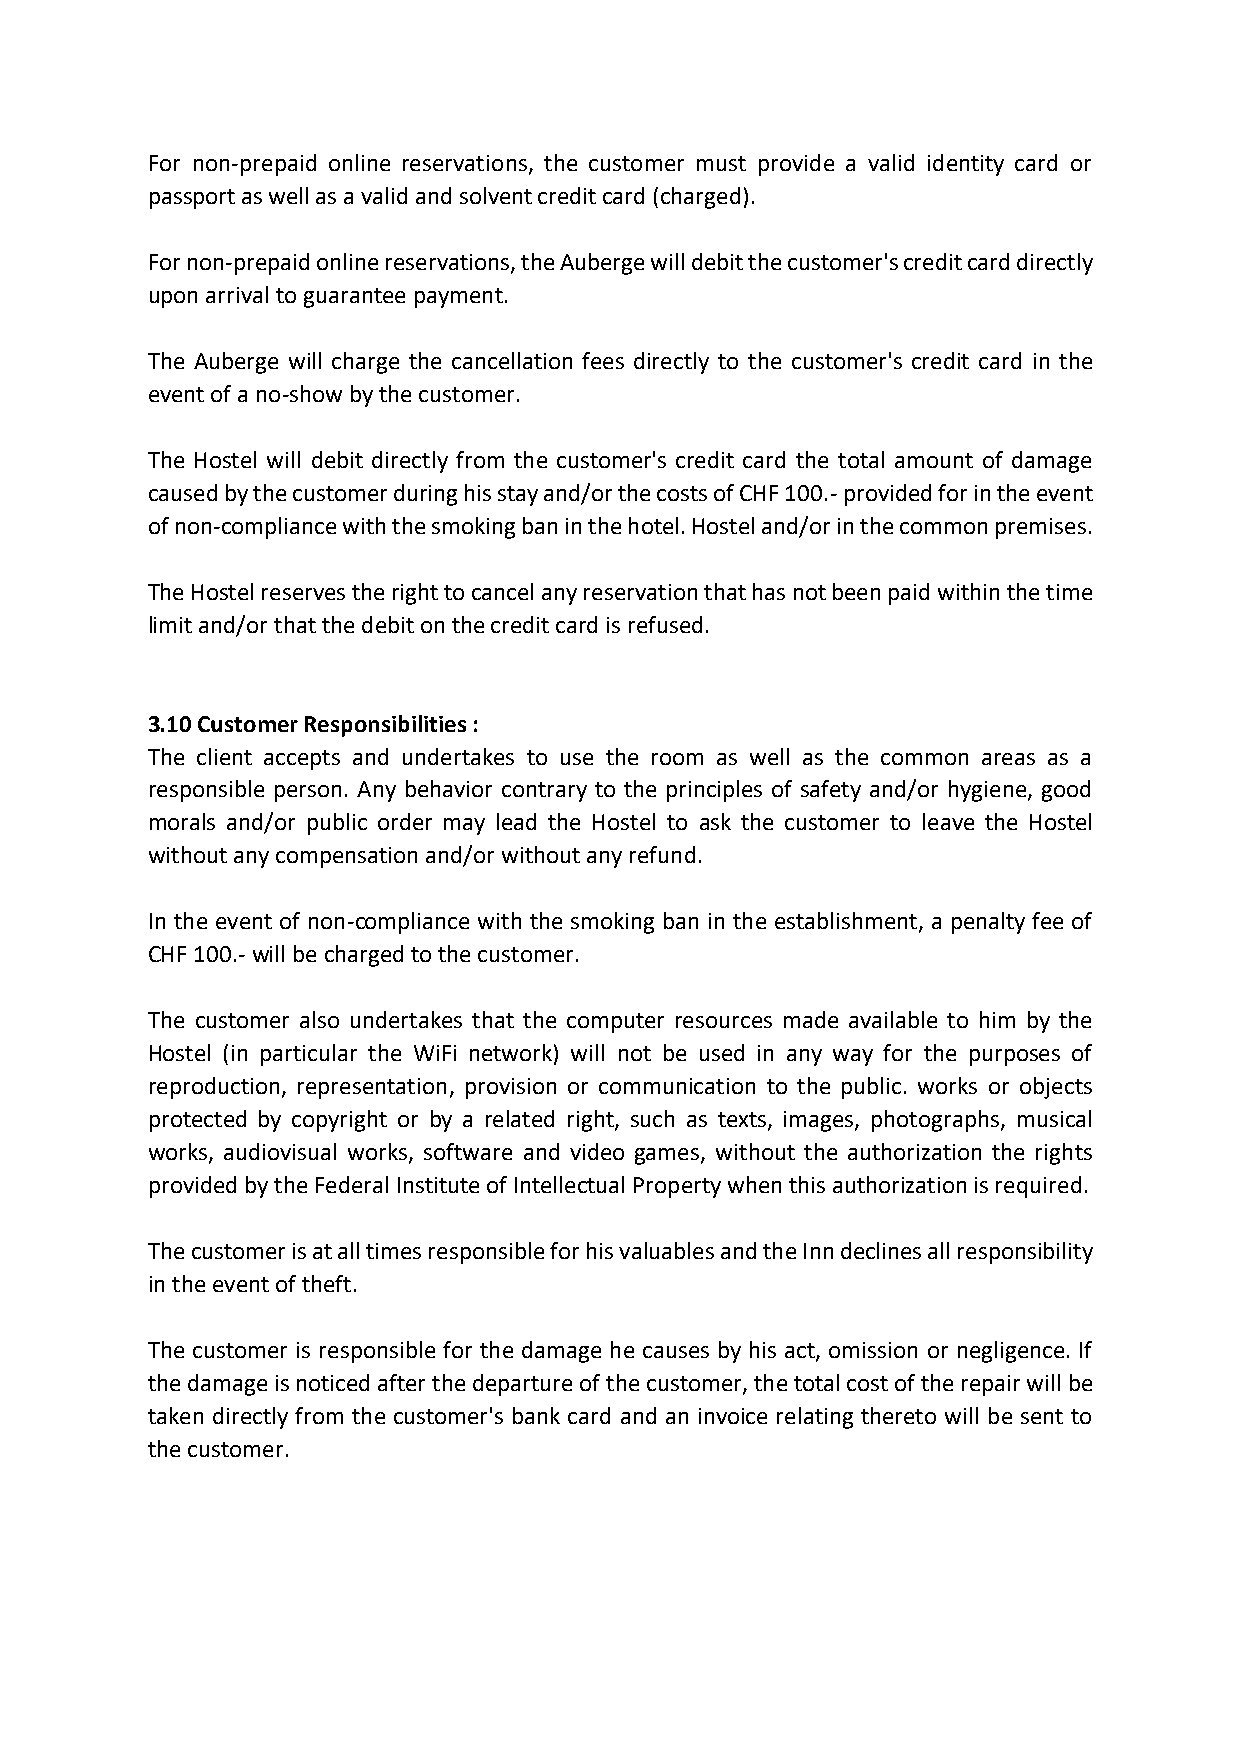
For non-prepaid online reservations, the customer must provide a valid identity card or
 passport as well as a valid and solvent credit card (charged).
 For non-prepaid online reservations, the Auberge will debit the customer's credit card directly
 upon arrival to guarantee payment.
 The Auberge will charge the cancellation fees directly to the customer's credit card in the
 event of a no-show by the customer.
 The Hostel will debit directly from the customer's credit card the total amount of damage
 caused by the customer during his stay and/or the costs of CHF 100.- provided for in the event
 of non-compliance with the smoking ban in the hotel. Hostel and/or in the common premises.
 The Hostel reserves the right to cancel any reservation that has not been paid within the time
 limit and/or that the debit on the credit card is refused.
 3.10 Customer Responsibilities :
 The client accepts and undertakes to use the room as well as the common areas as a
 responsible person. Any behavior contrary to the principles of safety and/or hygiene, good
 morals and/or public order may lead the Hostel to ask the customer to leave the Hostel
 without any compensation and/or without any refund.
 In the event of non-compliance with the smoking ban in the establishment, a penalty fee of
 CHF 100.- will be charged to the customer.
 The customer also undertakes that the computer resources made available to him by the
 Hostel (in particular the WiFi network) will not be used in any way for the purposes of
 reproduction, representation, provision or communication to the public. works or objects
 protected by copyright or by a related right, such as texts, images, photographs, musical
 works, audiovisual works, software and video games, without the authorization the rights
 provided by the Federal Institute of Intellectual Property when this authorization is required.
 The customer is at all times responsible for his valuables and the Inn declines all responsibility
 in the event of theft.
 The customer is responsible for the damage he causes by his act, omission or negligence. If
 the damage is noticed after the departure of the customer, the total cost of the repair will be
 taken directly from the customer's bank card and an invoice relating thereto will be sent to
 the customer.